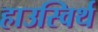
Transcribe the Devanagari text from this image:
हाउस्विर्थ